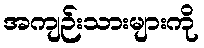
အကျဉ်းသားများကို